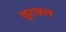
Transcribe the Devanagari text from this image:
वुटवल